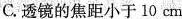
C.透镜的焦距小于10cm